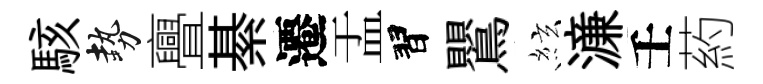
駭勢亹綦遷盂習鸎絃濓壬葯